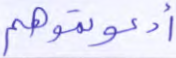
أدعوتموهم